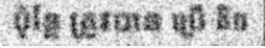
ប៉ុន្តែ ត្រូវបាន ប្រើ តិច